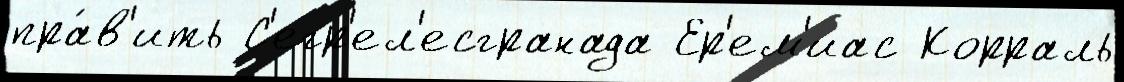
пра́в'ить С'егр'ел'есгранада Ер'ем'иас Корраль